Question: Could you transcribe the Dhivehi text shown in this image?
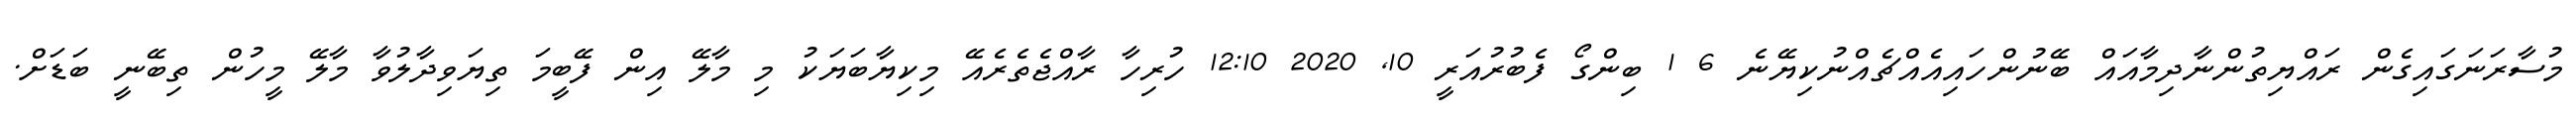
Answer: މުސާރަނަގައިގެން ރައްޔިތުންނާދިމާއައް ބޭނުންހައިއެއްޗެއްނުކިޔޭނެ 6 1 ބިންގޯ ފެބުރުއަރީ 10, 2020 12:10 ހުރިހާ ރާއްޖެތެރެއޭ މިކިޔާބަޔަކު މި މާލޭ އިން ފޭބީމަ ތިޔަވިދާލުވާ މާލޭ މީހުން ތިބޭނީ ބަޑަށް.